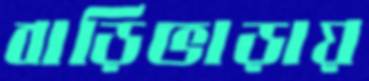
বাড়িভাড়ায়